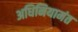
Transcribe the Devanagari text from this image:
अधिनियामंत